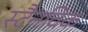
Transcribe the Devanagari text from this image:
स्टैनविक